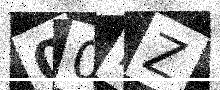
Text: 00IZ